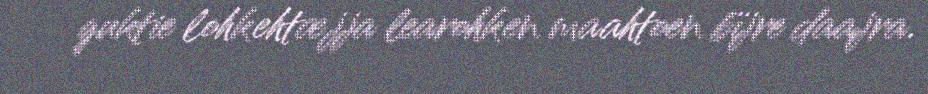
guktie lohkehtæjja learohken maahtoen bïjre daajra.